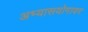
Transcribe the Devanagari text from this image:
अभ्यासयोगावर